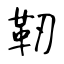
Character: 靭